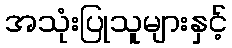
အသုံးပြုသူများနှင့်